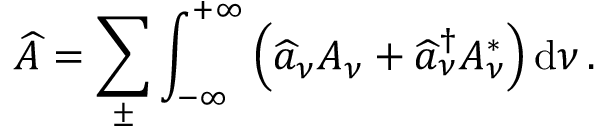
\widehat { A } = \sum _ { \pm } \int _ { - \infty } ^ { + \infty } \left( \widehat { a } _ { \nu } A _ { \nu } + \widehat { a } _ { \nu } ^ { \dagger } A _ { \nu } ^ { * } \right) \mathrm { d } \nu \, .